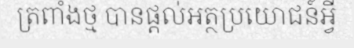
ត្រពាំងថ្ម បានផ្តល់អត្ថប្រយោជន៍អ្វី